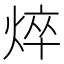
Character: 焠